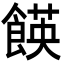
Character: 䭊